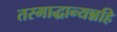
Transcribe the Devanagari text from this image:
तस्माद्धान्यन्नहि